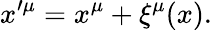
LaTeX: x^{\prime\mu}=x^{\mu}+\xi^{\mu}(x).